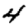
Digit: 4